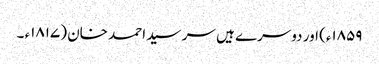
۱۸۵۹ء) اور دوسرے ہیں سر سید احمد خان (۱۸۱۷ء ۔